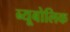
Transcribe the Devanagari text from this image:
ब्यूबोलिक